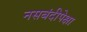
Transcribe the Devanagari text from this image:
नसबंदीपेक्षा